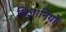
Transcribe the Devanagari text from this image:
विज्ञानियो